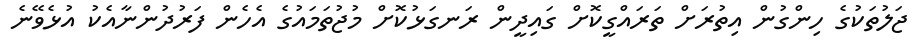
ޖަލުތަކުގެ ހިންގުން އިތުރަށް ތަރައްގީކޮށް ގައިދީން ރަނގަޅުކޮށް މުޖުތަމައުގެ އެހެން ފަރުދުންނާއެކު އުޅެވޭނެ